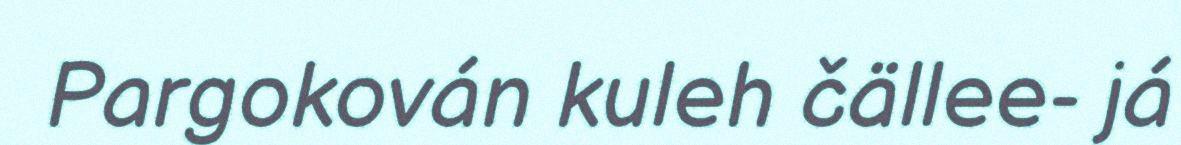
Pargokován kuleh čällee- já